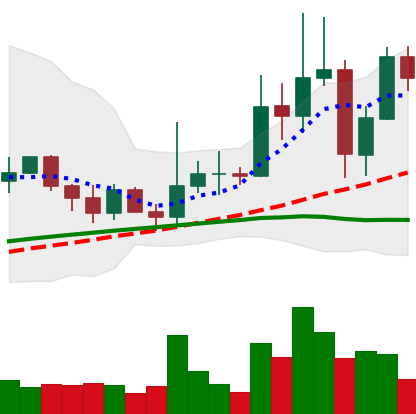
Ticker: XRP-USD
Chart end date: 2021-03-27
Forward return: 5.241%
Label: up_5_7